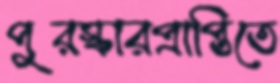
পুরস্কারপ্রাপ্তিতে